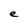
Character: e